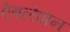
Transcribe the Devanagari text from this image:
ऐबलेशन